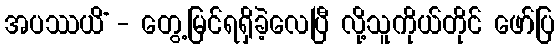
အပဿယိံ - တွေ့မြင်ရရှိခဲ့လေပြီ လို့သူကိုယ်တိုင် ဖော်ပြ